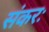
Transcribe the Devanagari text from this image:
संकरः